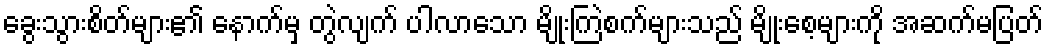
ခွေးသွားစိတ်များ၏ နောက်မှ တွဲလျက် ပါလာသော မျိုးကြဲစက်များသည် မျိုးစေ့များကို အဆက်မပြတ်